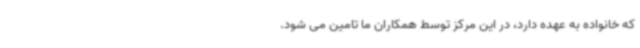
که خانواده به عهده دارد، در این مرکز توسط همکاران ما تامین می شود.